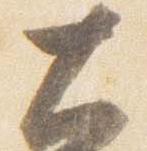
大